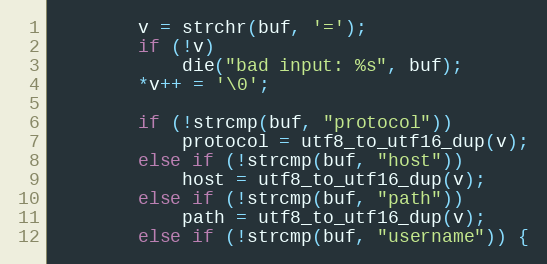
Language: C
		v = strchr(buf, '=');
		if (!v)
			die("bad input: %s", buf);
		*v++ = '\0';

		if (!strcmp(buf, "protocol"))
			protocol = utf8_to_utf16_dup(v);
		else if (!strcmp(buf, "host"))
			host = utf8_to_utf16_dup(v);
		else if (!strcmp(buf, "path"))
			path = utf8_to_utf16_dup(v);
		else if (!strcmp(buf, "username")) {